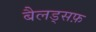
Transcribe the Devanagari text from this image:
बैलड्सफ़